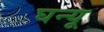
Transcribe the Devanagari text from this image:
घन्यू